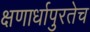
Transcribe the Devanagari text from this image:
क्षणार्धापुरतेच